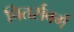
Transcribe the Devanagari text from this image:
पितर्सबर्ग